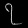
Digit: ၇